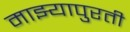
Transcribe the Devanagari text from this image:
माझ्यापुरती